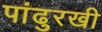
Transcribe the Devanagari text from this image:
पांढुरखी